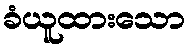
ခံယူထားသော